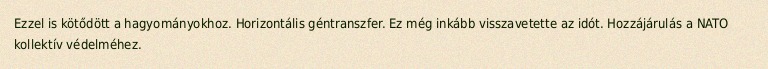
Ezzel is kötődött a hagyományokhoz. Horizontális géntranszfer. Ez még inkább visszavetette az idót. Hozzájárulás a NATO kollektív védelméhez.